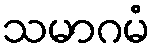
သမာဂမံ